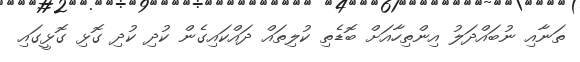
ތަނާއި ނުބައްދަލު އިންތިހާއަށް ބޮޑެތި ކުލިތައް ދައްކައިގެން ކުދި ކުދި ގޮޅި ގޮޅީގައި